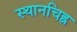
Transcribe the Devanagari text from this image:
स्थानचिह्न